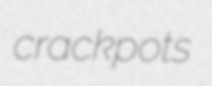
crackpots